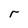
Character: r